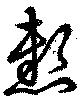
懸